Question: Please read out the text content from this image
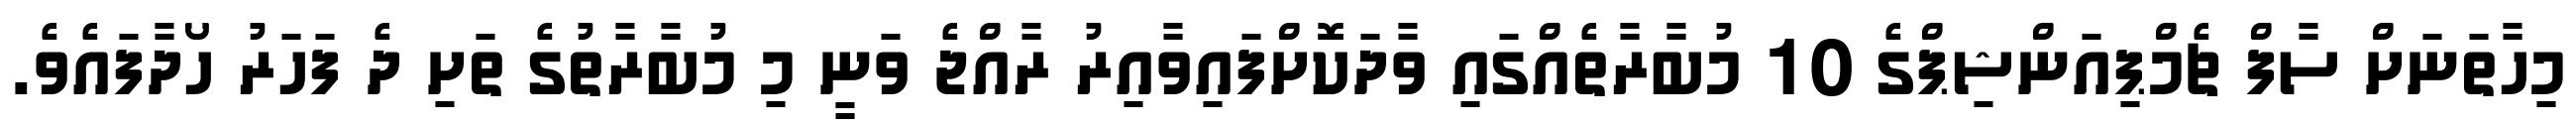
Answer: މިހާތަނަށް ސާފް ޗެމްޕިއަންޝިޕްގެ 10 މުބާރާތެއްގައި ވާދަކޮށްފައިވާއިރު ރާއްޖެ ވަނީ މި މުބާރާތުގެ ތަށި ދެ ފަހަރު ހޯދާފައެވެ.